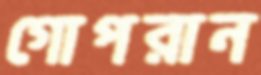
গোপরান